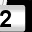
Digit: 2